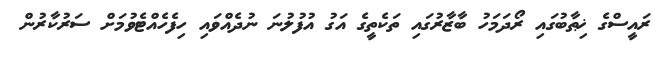
ރައީސްގެ ޚިޠާބުގައި ރޯދަމަހު ބާޒާރުގައި ތަކެތީގެ އަގު އުފުލުނަ ނުދެއްވައި ހިފެހެއްޓެވުމަށް ސަރުކާރުން